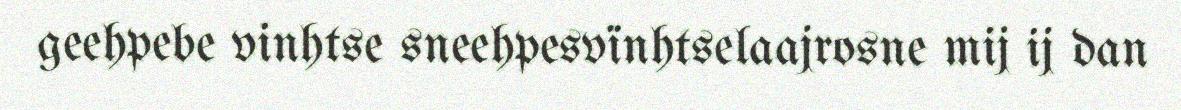
geehpebe vinhtse sneehpesvïnhtselaajrosne mij ij dan